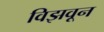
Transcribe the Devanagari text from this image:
विझवून